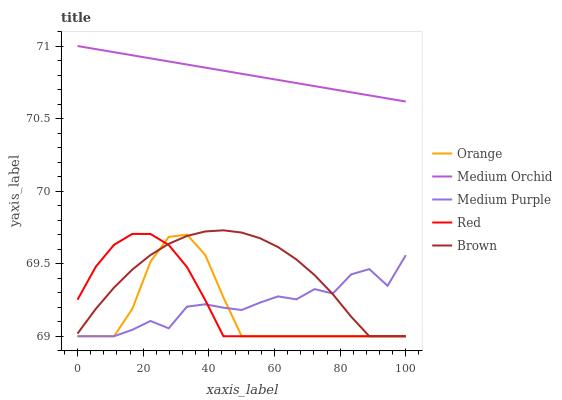
| xaxis_label | Orange | Medium Orchid | Medium Purple | Red | Brown |
 | --- | --- | --- | --- | --- | --- |
 | 0 | 69 | 71 | 69 | 69.3 | 69 |
 | 5.56 | 69 | 71 | 69 | 69.5 | 69.2 |
 | 11.1 | 69 | 71 | 69 | 69.6 | 69.3 |
 | 16.7 | 69.2 | 70.9 | 69 | 69.7 | 69.5 |
 | 22.2 | 69.5 | 70.9 | 69.1 | 69.7 | 69.6 |
 | 27.8 | 69.7 | 70.9 | 69.1 | 69.6 | 69.6 |
 | 33.3 | 69.7 | 70.9 | 69.2 | 69.5 | 69.7 |
 | 38.9 | 69.6 | 70.9 | 69.2 | 69.3 | 69.7 |
 | 44.4 | 69.3 | 70.8 | 69.2 | 69 | 69.7 |
 | 50 | 69 | 70.8 | 69.2 | 69 | 69.7 |
 | 55.6 | 69 | 70.8 | 69.2 | 69 | 69.7 |
 | 61.1 | 69 | 70.8 | 69.3 | 69 | 69.6 |
 | 66.7 | 69 | 70.7 | 69.3 | 69 | 69.5 |
 | 72.2 | 69 | 70.7 | 69.3 | 69 | 69.4 |
 | 77.8 | 69 | 70.7 | 69.3 | 69 | 69.3 |
 | 83.3 | 69 | 70.7 | 69.4 | 69 | 69.1 |
 | 88.9 | 69 | 70.7 | 69.5 | 69 | 69 |
 | 94.4 | 69 | 70.6 | 69.3 | 69 | 69 |
 | 100 | 69 | 70.6 | 69.6 | 69 | 69 |